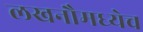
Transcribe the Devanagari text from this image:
लखनौमध्येच